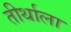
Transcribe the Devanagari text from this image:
तीर्थाला